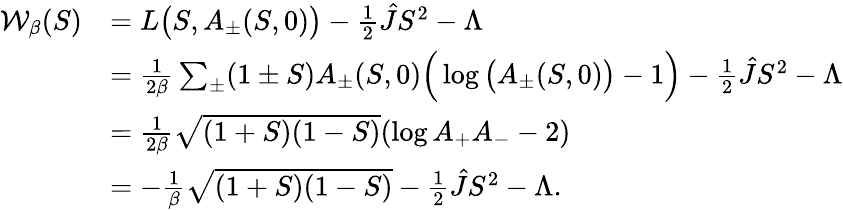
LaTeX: \begin{array}{rl}{\mathcal{W}_{\beta}(S)}&{=L\big(S,A_{\pm}(S,0)\big)-\frac{1}{2}\hat{J}S^{2}-\Lambda}\\ &{=\frac{1}{2\beta}\sum_{\pm}(1\pm S)A_{\pm}(S,0)\Big(\log\big(A_{\pm}(S,0)\big)-1\Big)-\frac{1}{2}\hat{J}S^{2}-\Lambda}\\ &{=\frac{1}{2\beta}\sqrt{(1+S)(1-S)}(\log A_{+}A_{-}-2)}\\ &{=-\frac{1}{\beta}\sqrt{(1+S)(1-S)}-\frac{1}{2}\hat{J}S^{2}-\Lambda.}\end{array}